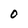
Character: O